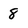
Character: 8